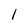
Character: l